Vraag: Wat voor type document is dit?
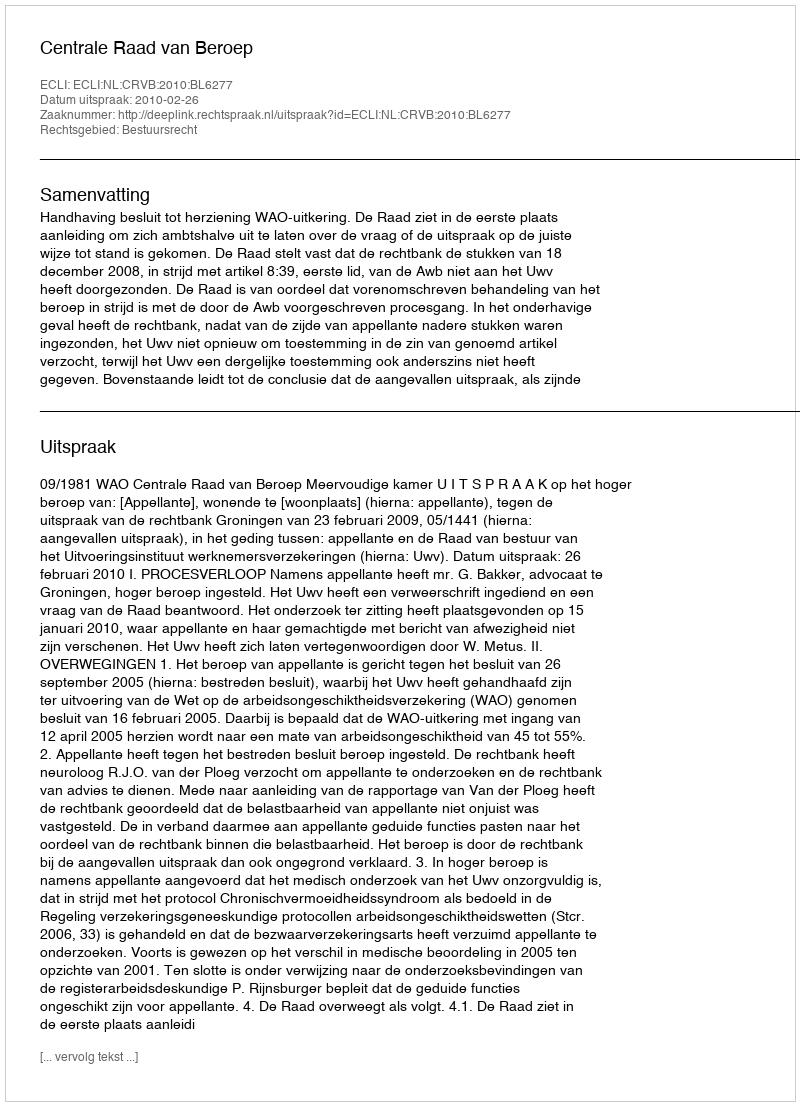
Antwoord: Uitspraak